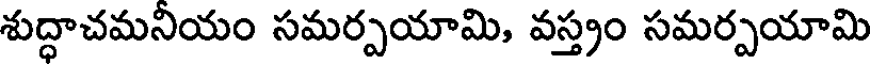
శుద్ధాచమనియం సమర్పయామి, వస్త్రం సమర్పయామి